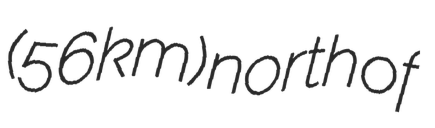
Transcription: (56 km) north of